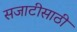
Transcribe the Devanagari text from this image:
सजाटीसाठी